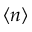
\langle n \rangle